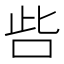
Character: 呰